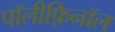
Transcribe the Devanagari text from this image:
पॉलीफ़िनॉल